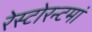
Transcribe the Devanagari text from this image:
रेस्‍टोरन्टमां